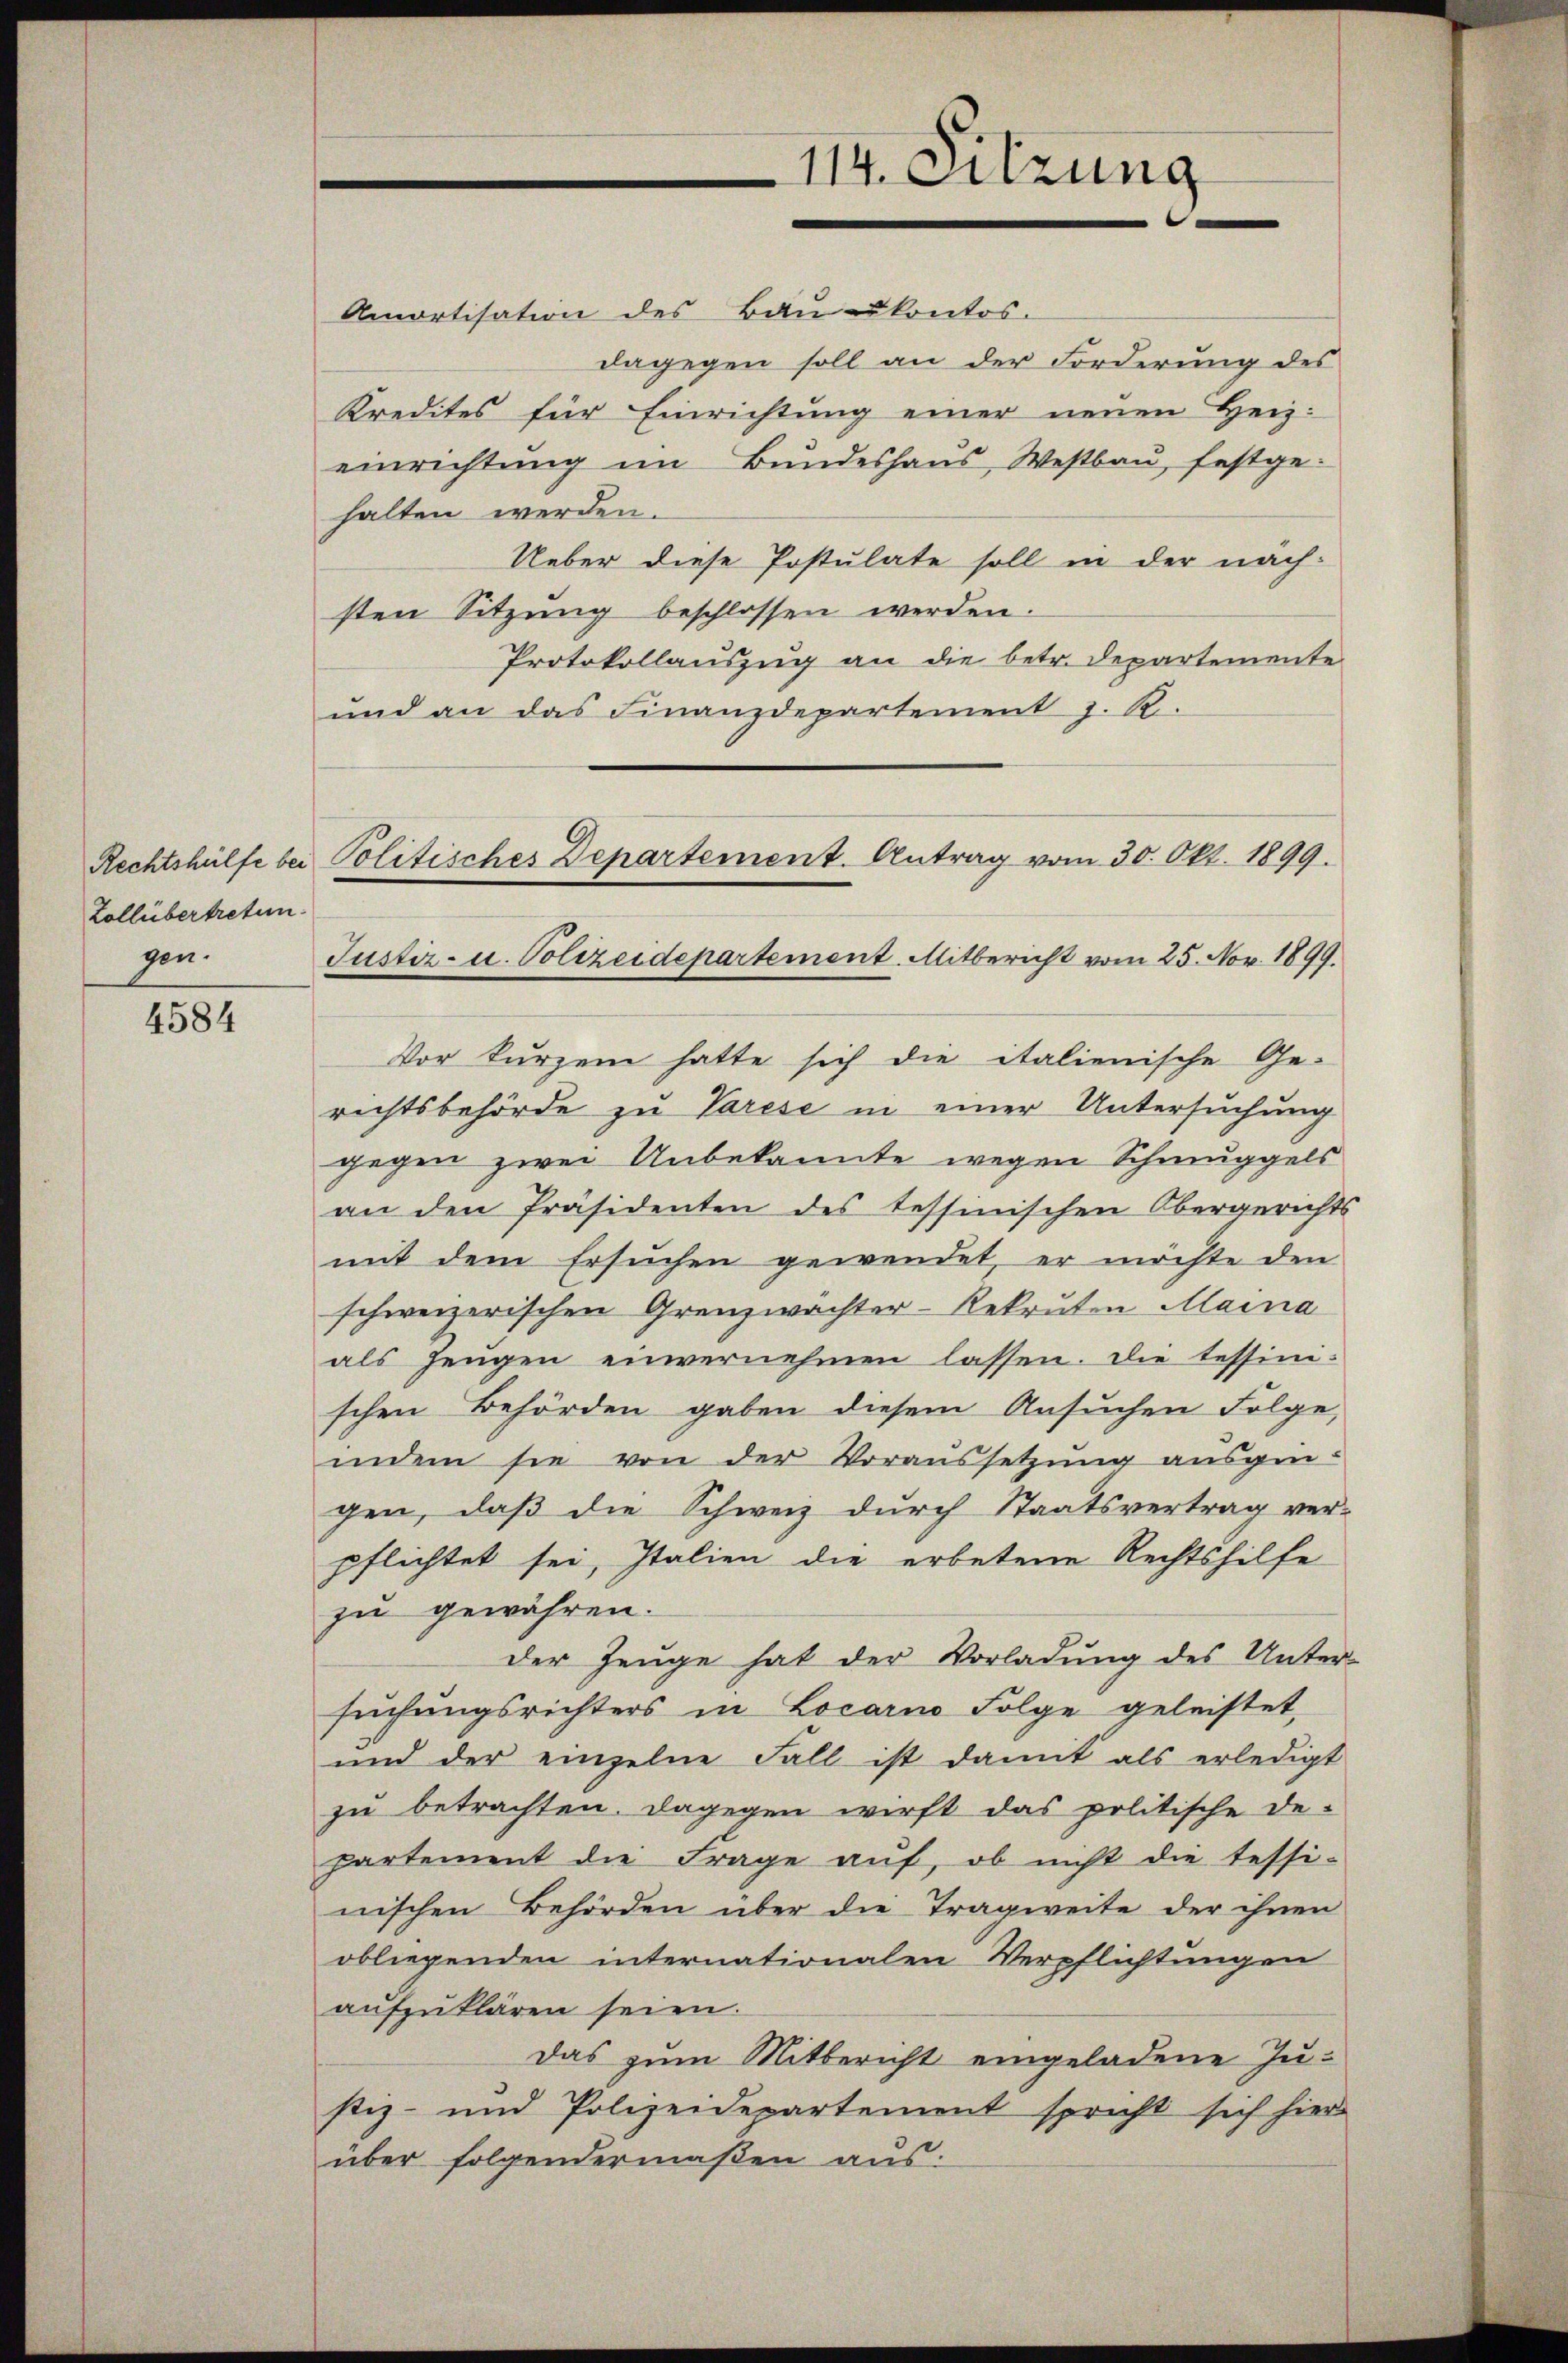
Zollübertretun
gen.

4584

114. Sitzung

Amortisation des Bauukontos.
dagegen soll an der Forderung des
Kredites für Einrichtung einer neuen Heizeinrichtung im Bundeshaus, Westbau, festgehalten werden.
Ueber diese Postulate soll in der näch-
sten Sitzŭng beschlossen werden.
Protokollauszug an die betr. Departemente
und an das Finanzdepartement J. R.
Vor kurzem hatte sich die italienische Ge-
richtsbehörde zu Varese in einer Untersuchung
gegen zwei Unbekannte wegen Schmuggels
an den Präsidenten des tessinischen Obergerichts
mit dem Ersuchen gewendet, er möchte den
schweizerischen Grenzwächter-Rekruten Maina
als Zeugen einvernehmen lassen. Die tessini-
schen Behörden gaben diesem Ansuchen Folge,
indem sie von der Voraussetzung ausgengen, daß die Schweiz durch Staatsvertrag ver-
pflichtet sei, Italien die erbetene Rechtshilfe
zu gewähren.
der Zeuge hat der Vorladung des Unter-
suchungsrichters in Locarno Folge geleistet,
und der einzelne Fall ist damit als erledigt
zu betrachten. Dagegen wirft das politische De-
partement die Frage auf, ob nicht die tessi-
nischen Behörden über die Tragweite der ihnen
obliegenden internationalen Verpflichtungen
aufzuklären seien.
Das zum Mitbericht eingeladene Justiz- und Polizeidepartement spricht sich hier
über folgendermaßen aus-

Rechtshülfe bei Politisches Departement. Antrag vom 30. Okt. 1899.
Justiz- u. Polizeidepartement. Mitbericht vom 25. Nov. 1899.